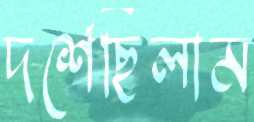
দর্শেছিলাম